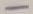
Text: -